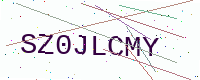
Text: SZ0JLCMY